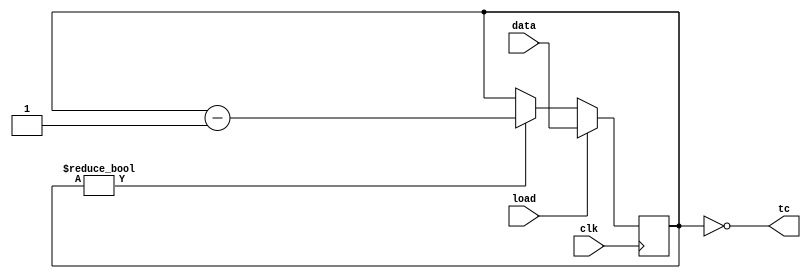
module top_module(
	input clk, 
	input load, 
	input [9:0] data, 
	output tc
);
	
    reg [9:0] counter;
    
    always@(posedge clk)
        begin
            if(load)
                counter <= data;
            else if(counter != 10'd0)
                counter <= counter - 10'd1;
            else
                counter <= counter;
        end
    
    assign tc = (counter==10'd0);
    
endmodule